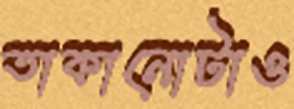
তাকানোটাও